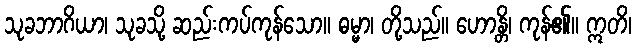
သုခဘာဂိယာ၊ သုခသို့ ဆည်းကပ်ကုန်သော။ ဓမ္မာ၊ တို့သည်။ ဟောန္တိ၊ ကုန်၏။ ဣတိ၊